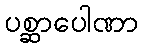
ပစ္ဆာပေါဏာ